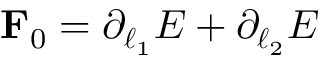
\mathbf { F } _ { 0 } = \partial _ { \boldsymbol { \ell } _ { 1 } } E + \partial _ { \boldsymbol { \ell } _ { 2 } } E